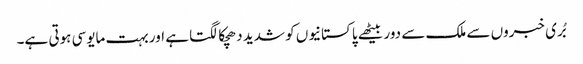
بُری خبروں سے ملک سے دور بیٹھے پاکستانیوں کو شدید دھچکا لگتا ہے اور بہت مایوسی ہوتی ہے۔